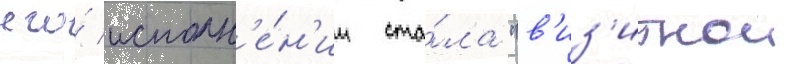
его́ исполн'е́н'ии ста́ла "в'из'итнои